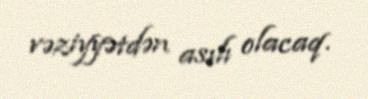
vəziyyətdən asılı olacaq.